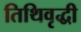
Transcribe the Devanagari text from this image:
तिथिवृद्धी